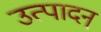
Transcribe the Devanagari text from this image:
उत्पादन्